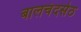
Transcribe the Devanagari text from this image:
बालचंदसेठ